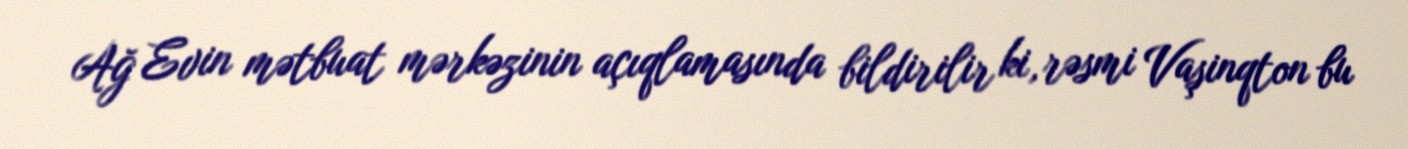
Ağ Evin mətbuat mərkəzinin açıqlamasında bildirilir ki, rəsmi Vaşinqton bu